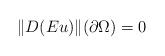
LaTeX: \begin{align*}\Vert D(Eu)\Vert(\partial \Omega)=0\end{align*}